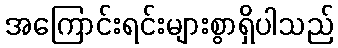
အကြောင်းရင်းများစွာရှိပါသည်